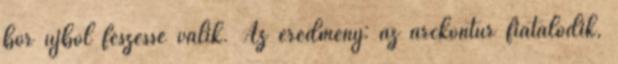
bőr újból feszessé válik. Az eredmény: az arckontúr fiatalodik,